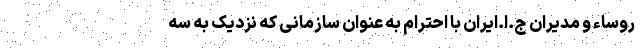
روساء و مدیران ج.ا.ایران با احترام به عنوان سازمانی که نزدیک به سه